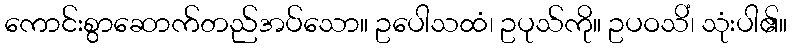
ကောင်းစွာဆောက်တည်အပ်သော။ ဥပေါသထံ၊ ဥပုသ်ကို။ ဥပဝသိံ၊ သုံးပါ၏။